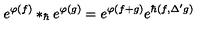
e ^ { \varphi ( f ) } * _ { \hbar } e ^ { \varphi ( g ) } = e ^ { \varphi ( f + g ) } e ^ { \hbar ( f , \Delta ^ { \prime } g ) }